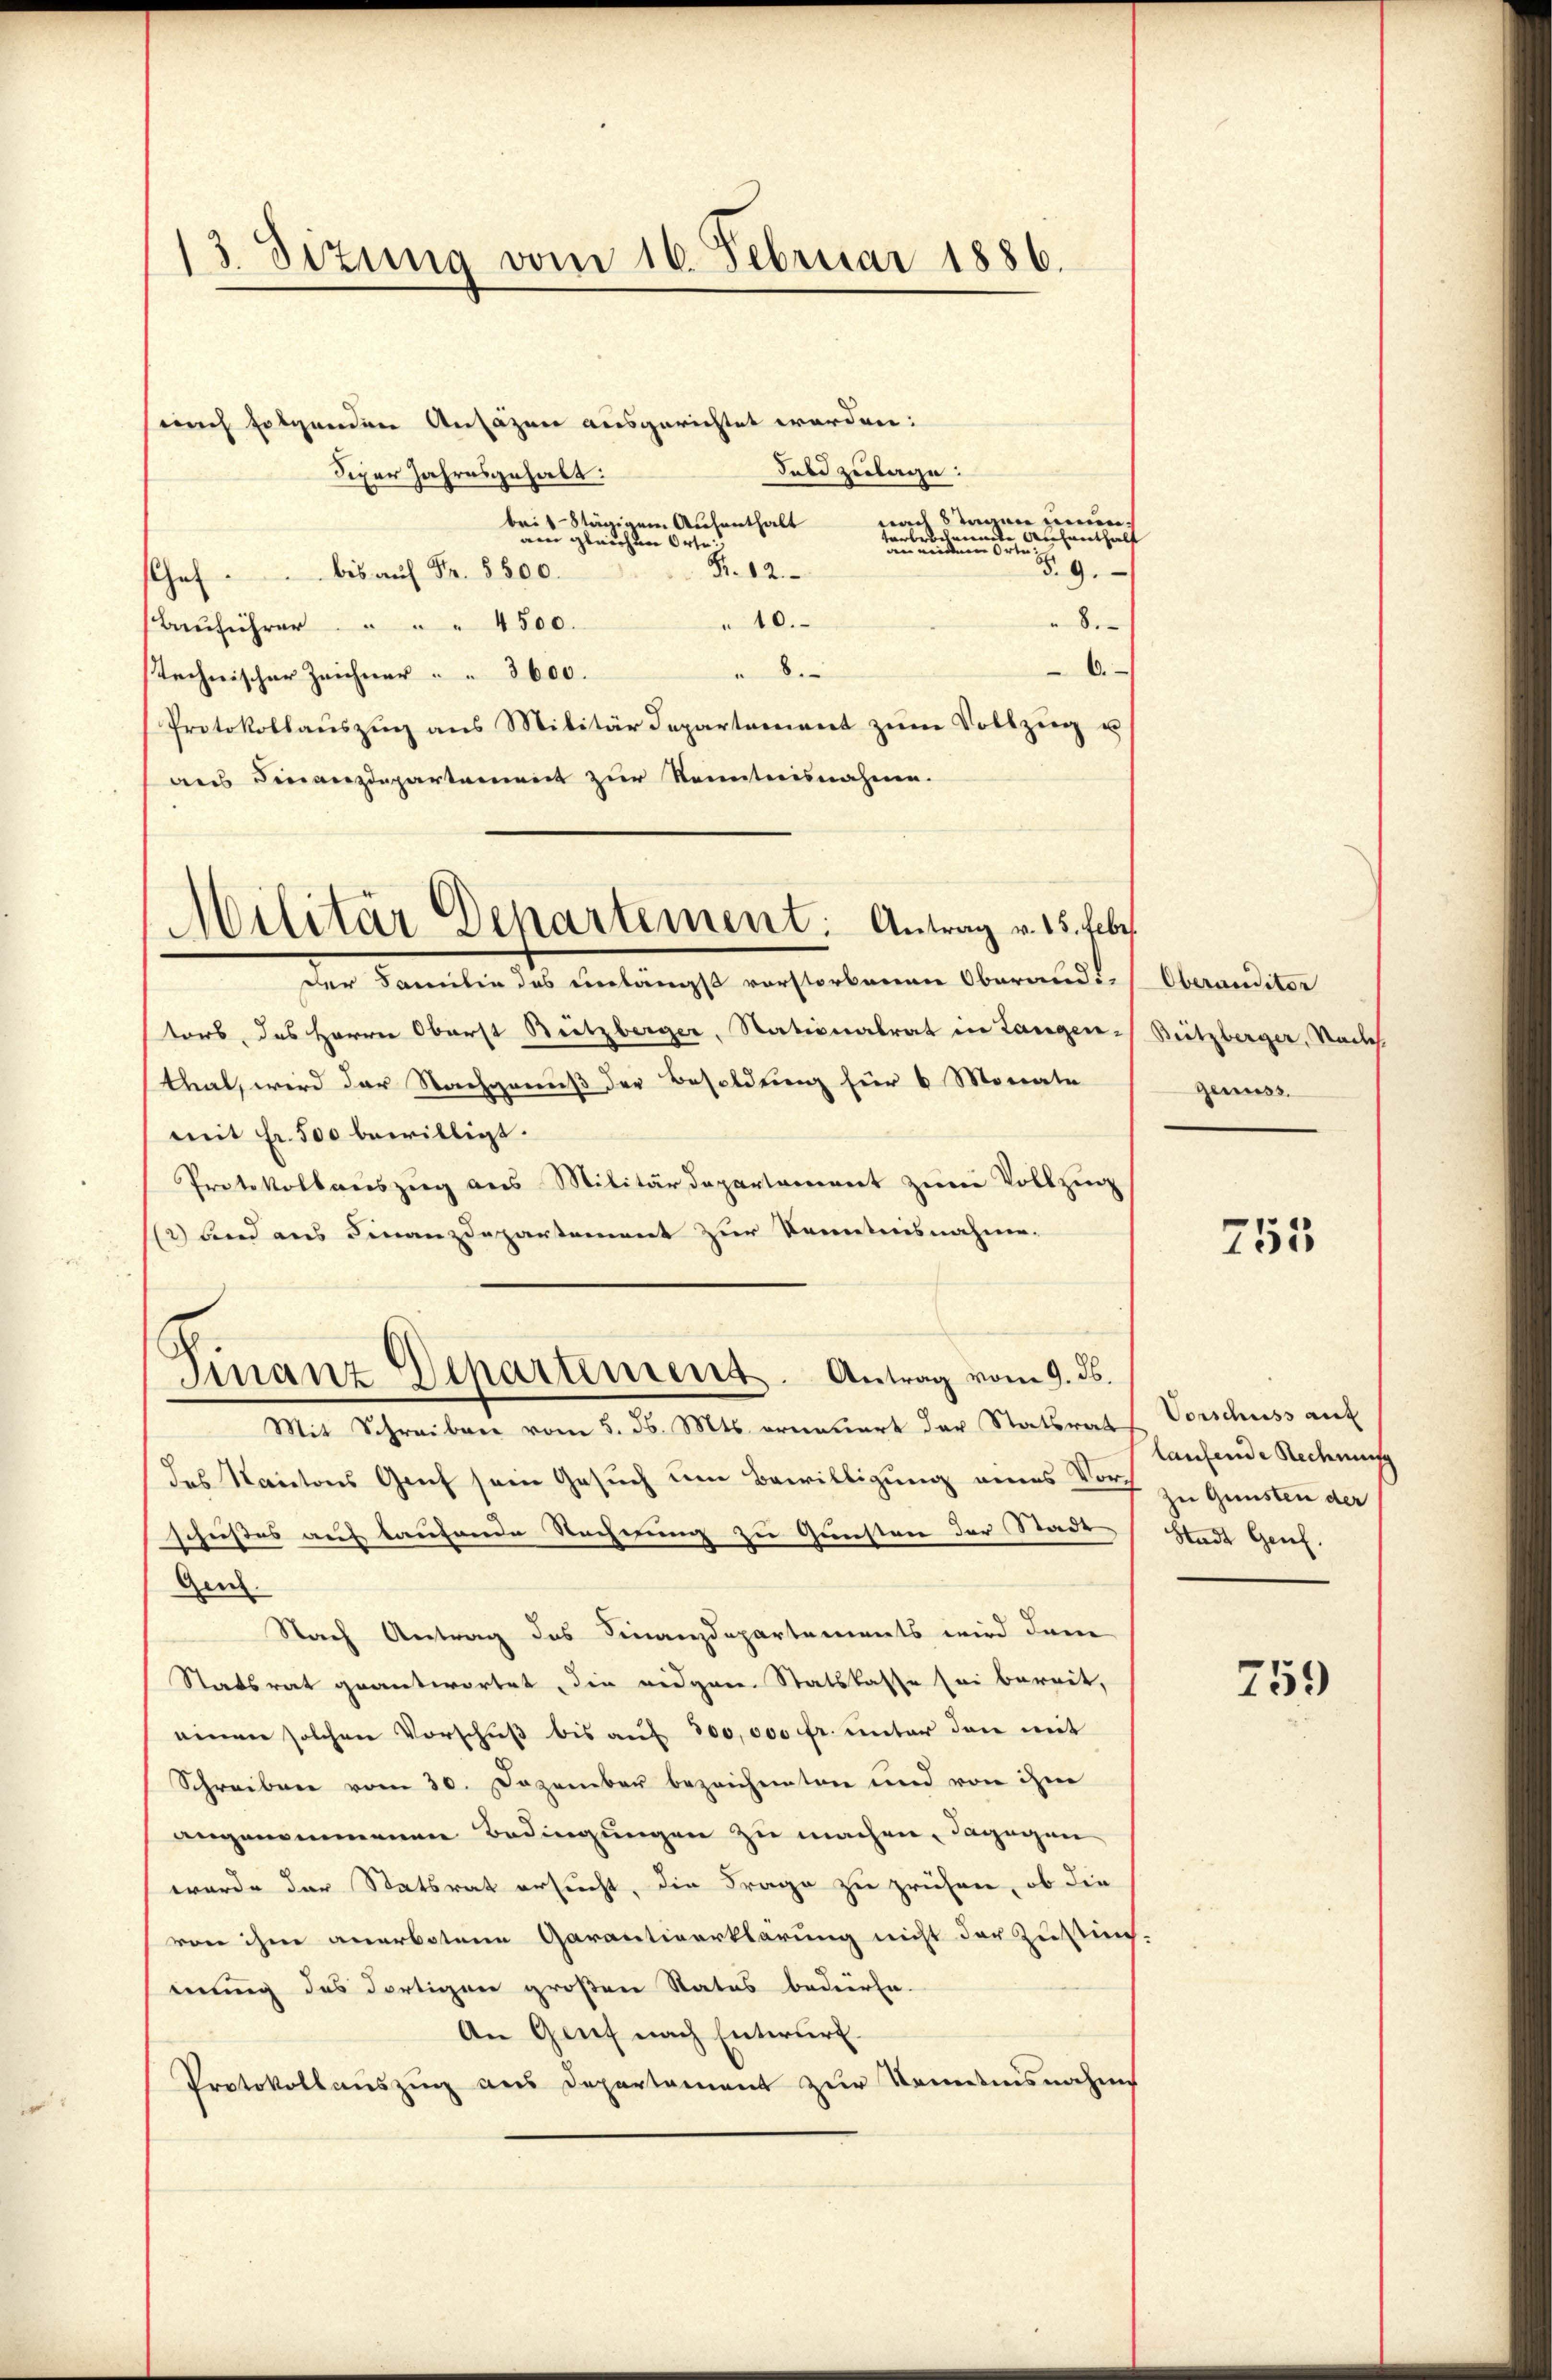
13 Sizung vom 16. Februar 1886.

Militär Departement: Antrag v. 15. Febr.

nach folgenden Ansäzen ausgerichtet worden:
Sabe zulage:
Siper Jahresgehalt:
nach Stegen nunbris Stägigem Aufenthalt
e
le Aufenthielt
am gleichen Orte:
in Buchen
§. 9.
Nr. 12.
Chef bis auf Fr. 5800.
10.
" ber
Baŭführer . . . . 4500.
6.
"
stechnischer Zeichner 3600.
Protokollauszug aus Militärdepartement zum Vollzug u.
aus Finanzdepartement zur Kenntnisnahme.
der Familie das einlängst vorstorbenen Oberandi-
tors, das Herrn Oberst Beitzberger, Stationalrat in Langen-
thal, wird der Nachgenuß der Besoldung für 6 Monate
mit Fr. 500 bewilligt.
Protokollauszug aus Militärdepartement zwei Vollzug
112) und aus Finanzdepartement zur Kenntnisnahme.
Finanz-Departement. Antrag vom 9. ds.
Mit Schreiben vom 5. d. Mts. erneuert der Statsrats Vorschuss auf
des Kantons Genf sein Gesuch um Bewilligung eines Vor zu Gunsten der
schußes auf laufende Rechnung zu Gunsten der Stadt
Gen
Nach Antrag des Finanzdepartements wird den
Statsrat geantwortet, die eidgen. Statslasse sei bereit,
einen solchen Vorschuß bis auf 300,000 fr. unter den mit
Schreiben vom 30. Dezember bezeichneten und von ihm
angenommenen Bedingungen zu machen, dagegen
wurde der Statsrat ersucht, die Frage zu prüfen, ob die
von ihm anerbotene Garantiverklärung nicht der Zustim-
mung des dortigen großen Status bedürfe.
An Genf nach Entwurf.
Protokollauszug aus Departement zur Kenntnisnahme

Oberanditor
Britzberger, Nachs
genuss.

753

laufende Rechnung
Stadt Genf.

759